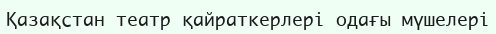
Қазақстан театр қайраткерлері одағы мүшелері